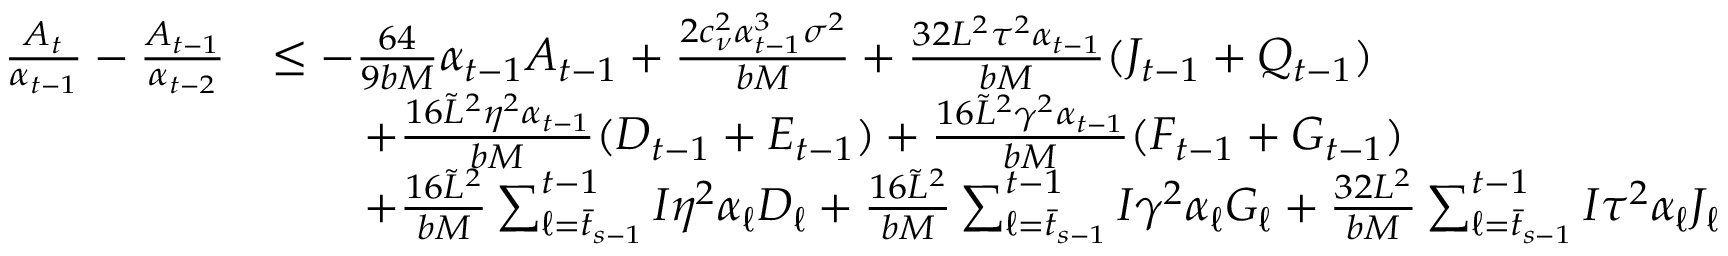
\begin{array} { r l } { \frac { A _ { t } } { \alpha _ { t - 1 } } - \frac { A _ { t - 1 } } { \alpha _ { t - 2 } } } & { \leq - \frac { 6 4 } { 9 b M } \alpha _ { t - 1 } A _ { t - 1 } + \frac { 2 c _ { \nu } ^ { 2 } \alpha _ { t - 1 } ^ { 3 } \sigma ^ { 2 } } { b M } + \frac { 3 2 L ^ { 2 } \tau ^ { 2 } \alpha _ { t - 1 } } { b M } ( J _ { t - 1 } + Q _ { t - 1 } ) } \\ & { \qquad + \frac { 1 6 \tilde { L } ^ { 2 } \eta ^ { 2 } \alpha _ { t - 1 } } { b M } ( D _ { t - 1 } + E _ { t - 1 } ) + \frac { 1 6 \tilde { L } ^ { 2 } \gamma ^ { 2 } \alpha _ { t - 1 } } { b M } ( F _ { t - 1 } + G _ { t - 1 } ) } \\ & { \qquad + \frac { 1 6 \tilde { L } ^ { 2 } } { b M } \sum _ { \ell = \bar { t } _ { s - 1 } } ^ { t - 1 } I \eta ^ { 2 } \alpha _ { \ell } D _ { \ell } + \frac { 1 6 \tilde { L } ^ { 2 } } { b M } \sum _ { \ell = \bar { t } _ { s - 1 } } ^ { t - 1 } I \gamma ^ { 2 } \alpha _ { \ell } G _ { \ell } + \frac { 3 2 L ^ { 2 } } { b M } \sum _ { \ell = \bar { t } _ { s - 1 } } ^ { t - 1 } I \tau ^ { 2 } \alpha _ { \ell } J _ { \ell } } \end{array}